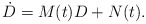
\begin{align*}\dot{D}=M(t)D + N(t).\end{align*}